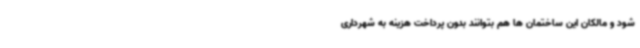
شود و مالکان این ساختمان ها هم بتوانند بدون پرداخت هزینه به شهرداری